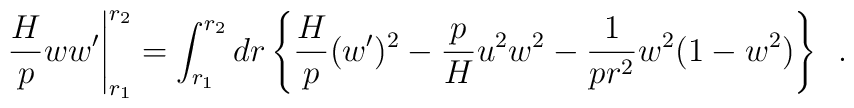
\frac{H}{p} ww^{\prime} \Bigg|_{r_1}^{r_2} = \int_{r_1}^{r_2}  dr \, \Bigg\{ \frac{H}{p}(w^{\prime})^2 -\frac{p}{H}u^2 w^2  -\frac{1}{pr^2} w^2(1-w^2) \Bigg\} ~~.